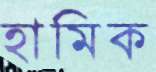
হামিক